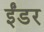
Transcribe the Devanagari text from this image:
ईंडर